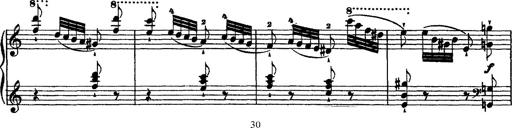
Title: Grandes Ã©tudes de Paganini
Composer: Franz Liszt